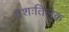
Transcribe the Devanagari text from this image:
यशःतिलक